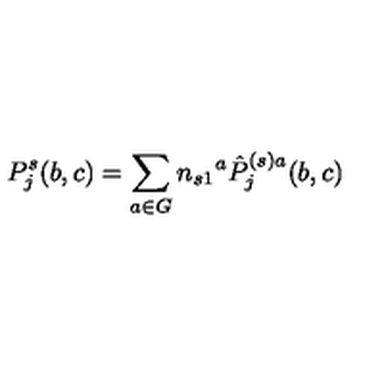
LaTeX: P _ { j } ^ { s } ( b , c ) = \sum _ { a \in G } n _ { s 1 } { } ^ { a } \hat { P } _ { j } ^ { ( s ) a } ( b , c )